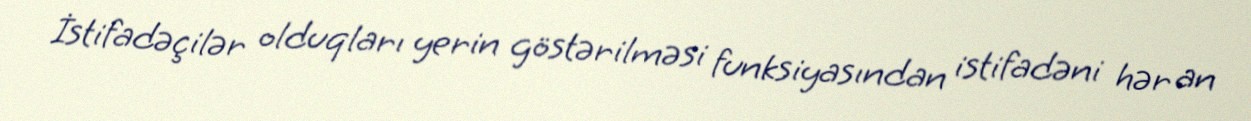
İstifadəçilər olduqları yerin göstərilməsi funksiyasından istifadəni hər an